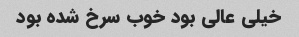
خیلی عالی بود خوب سرخ شده بود